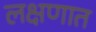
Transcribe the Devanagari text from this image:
लक्षणात